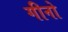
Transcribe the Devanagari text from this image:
गीनो